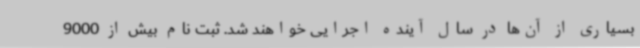
بسیاری از آن‌ها در سال آینده اجرایی خواهند شد. ثبت نام بیش از 9000